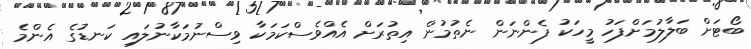
ބޯޓަށް ބަލާލުމަށްފަހު މީހަކު ފެންނަން ނެތުމުން އިތުރަށް އެއްވެސްކަމަކާ ވިސްނުމަކާނުލައި ކަނޑުގެ އެންމެ